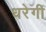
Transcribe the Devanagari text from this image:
धरेगी